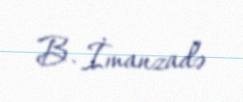
B. İmanzadə